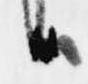
候